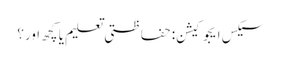
سیکس ایجوکیشن: حفاظتی تعلیم یا کچھ اور؟